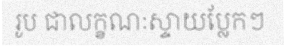
រូប ជាលក្ខណៈស្ទាយប្លែកៗ